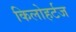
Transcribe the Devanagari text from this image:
किलोहर्टज